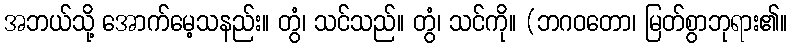
အဘယ်သို့ အောက်မေ့သနည်း။ တွံ၊ သင်သည်။ တွံ၊ သင်ကို။ (ဘဂဝတော၊ မြတ်စွာဘုရား၏။